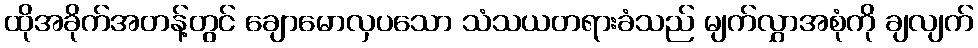
ထိုအခိုက်အတန့်တွင် ချောမောလှပသော သံသယတရားခံသည် မျက်လွှာအစုံကို ချလျက်